Civil Veterinary Dept. Assam report 1927-50 - 1927-1950
Year: 1927
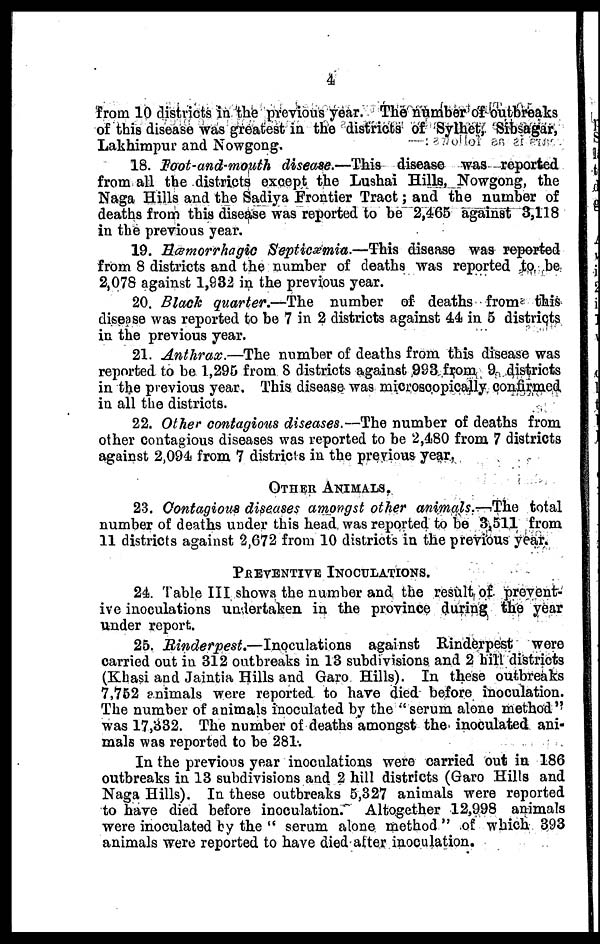
4
from 10 districts in the previous year. The number of outbreaks
of this disease was greatest in the districts of Sylhet, Sibsagar,
Lakhimpur and Nowgong.
18. Foot-and-mouth disease.—This
disease was reported
from all the districts except the Lushai Hills, Nowgong, the
Naga Hills and the Sadiya Frontier Tract; and the number of
deaths from this disease was reported to be 2,465 against 3,118
in the previous year.
19. Hæmorrhagic
Septicæmia.—This
disease was reported
from 8 districts and the number of deaths was reported to be
2,078 against 1,932 in the previous year.
20. Black quarter.—The
number of deaths from this
disease was reported to be 7 in 2 districts against 44 in 5 districts
in the previous year.
21. Anthrax.—The
number of deaths from this disease was
reported to be 1,295 from 8 districts against 983 from 9 districts
in the previous year. This disease was microscopically confirmed
in all the districts.
22. Other contagious diseases.—The number of deaths from
other contagious diseases was reported to be 2,480 from 7 districts
against 2,094 from 7 districts in the previous year.
OTHER ANIMALS.
23. Contagious diseases amongst other animals.—The
total
number of deaths under this head was reported to be 3,511 from
11 districts against 2,672 from 10 districts in the previous year.
PREVENTIVE INOCULATIONS.
24. Table III shows the number and the result of prevent-
ive inoculations undertaken in the province during the year
under report.
25. Rinderpest.—Inoculations
against Rinderpest
were
carried out in 312 outbreaks in 13 subdivisions and 2 hill districts
(Khasi and Jaintia Hills and Garo Hills). In these outbreaks
7,752 animals were reported to have died before inoculation.
The number of animals inoculated by the "serum alone method"
was 17,332. The number of deaths amongst the inoculated ani-
mals was reported to be 281.
In the previous year inoculations were carried out in 186
outbreaks in 13 subdivisions and 2 hill districts (Garo Hills and
Naga Hills). In these outbreaks 5,327 animals were reported
to have died before inoculation.
Altogether 12,998 animals
were inoculated by the " serum alone method" of which 393
animals were reported to have died alter inoculation.